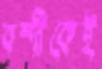
বন্দীকেই